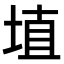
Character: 埴